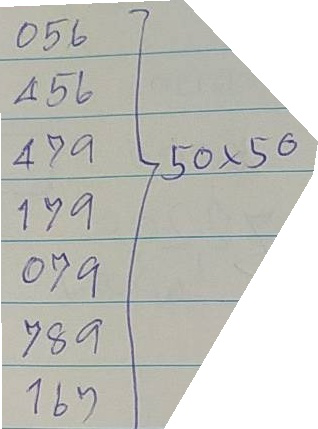
056 = 50 x 50
456 = 50 x 50
479 = 50 x 50
179 = 50 x 50
079 = 50 x 50
789 = 50 x 50
167 = 50 x 50